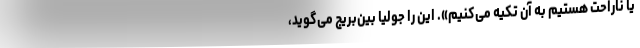
یا ناراحت هستیم به آن تکیه می‌کنیم». این را جولیا بین‌بریج می‌گوید،